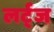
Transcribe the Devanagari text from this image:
लर्ट्ज